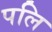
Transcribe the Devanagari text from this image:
पलि